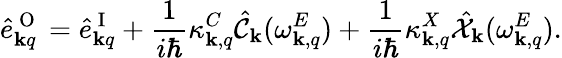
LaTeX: \hat{e}_{{\mathbf k}q}^{\mathrm{~O~}}=\hat{e}_{{\mathbf k}q}^{\mathrm{~I~}}+\frac{1}{i\hbar}\kappa_{{\mathbf k},q}^{C}\hat{\mathcal{C}}_{\mathbf k}(\omega_{{\mathbf k},q}^{E})+\frac{1}{i\hbar}\kappa_{{\mathbf k},q}^{X}\hat{\mathcal{X}}_{\mathbf k}(\omega_{{\mathbf k},q}^{E}).